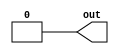
// SPDX-FileCopyrightText: 2022 Wuhan University of Technology
//
// Licensed under the Apache License, Version 2.0 (the "License");
// you may not use this file except in compliance with the License.
// You may obtain a copy of the License at
//
//      http://www.apache.org/licenses/LICENSE-2.0
//
// Unless required by applicable law or agreed to in writing, software
// distributed under the License is distributed on an "AS IS" BASIS,
// WITHOUT WARRANTIES OR CONDITIONS OF ANY KIND, either express or implied.
// See the License for the specific language governing permissions and
// limitations under the License.
// SPDX-License-Identifier: Apache-2.0

// See LICENSE.SiFive for license details.

//VCS coverage exclude_file

// No default parameter values are intended, nor does IEEE 1800-2012 require them (clause A.2.4 param_assignment),
// but Incisive demands them. These default values should never be used.
module plusarg_reader #(
   parameter FORMAT="borked=%d",
   parameter WIDTH=1,
   parameter [WIDTH-1:0] DEFAULT=0
) (
   output [WIDTH-1:0] out
);

`ifdef SYNTHESIS
assign out = DEFAULT;
`else
reg [WIDTH-1:0] myplus;
assign out = myplus;

initial begin
   if (!$value$plusargs(FORMAT, myplus)) myplus = DEFAULT;
end
`endif

endmodule